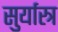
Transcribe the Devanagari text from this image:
सुर्यास्त्र